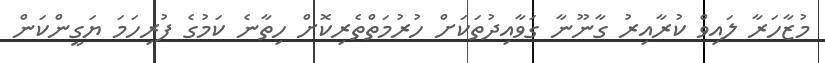
މުޒާހަރާ ލައިވް ކުރާއިރު ގާނޫނާ ގަވާއިދުތަކަށް ހުރުމަތްތެރިކޮށް ހިތާނެ ކަމުގެ ފުރިހަމަ ޔަގީންކަން